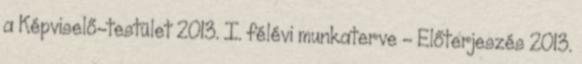
a Képviselő-testület 2013. I. félévi munkaterve - Előterjeszés 2013.